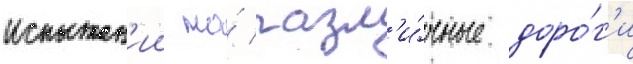
испытан'ии на́ разл'и́чные доро́г'и